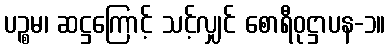
ပဉ္စမ၊ ဆဋ္ဌကြောင့် သင့်လျှင် စောရီဝုဋ္ဌာပန-၁။